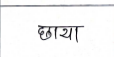
मजकूर: छाया